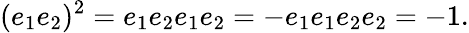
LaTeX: (e_{1}e_{2})^{2}=e_{1}e_{2}e_{1}e_{2}=-e_{1}e_{1}e_{2}e_{2}=-1.